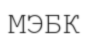
МЭБК